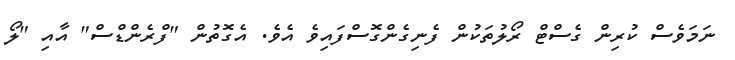
ނަމަވެސް ކުރިން ގެސްޓް ރޯލުތަކުން ފެނިގެންގޮސްފައިވެ އެވެ. އެގޮތުން "ފްރެންޑްސް" އާއި "ލޯ